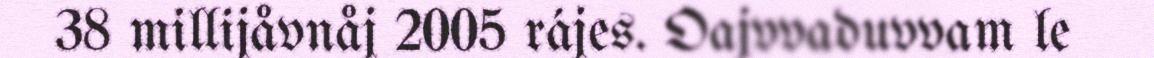
38 millijåvnåj 2005 rájes. Oajvvaduvvam le